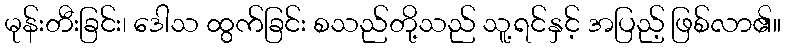
မုန်းတီးခြင်း၊ ဒေါသ ထွက်ခြင်း စသည်တို့သည် သူ့ရင်နှင့် အပြည့် ဖြစ်လာ၏။